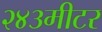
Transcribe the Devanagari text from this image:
२४३मीटर